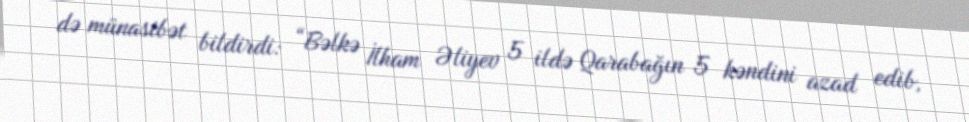
də münasibət bildirdi: “Bəlkə İlham Əliyev 5 ildə Qarabağın 5 kəndini azad edib,